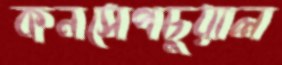
কনসেপচুয়াল